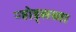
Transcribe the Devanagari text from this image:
ऱ्होड्सच्या